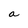
Character: a